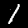
Digit: 1